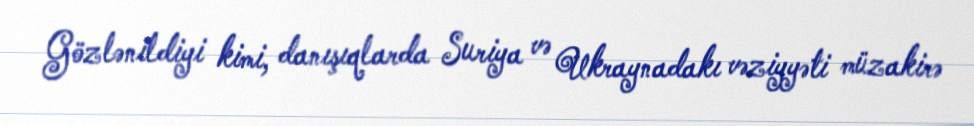
Gözlənildiyi kimi, danışıqlarda Suriya və Ukraynadakı vəziyyəti müzakirə